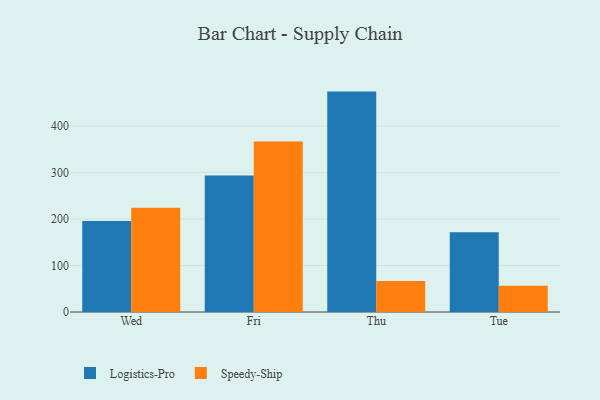
{"axis": {"x": "Day", "y": "Humidity (%)"}, "legend": ["Logistics-Pro", "Speedy-Ship"], "data": [{"x": "Wed", "y": 195.7, "type": "Logistics-Pro"}, {"x": "Wed", "y": 224.3, "type": "Speedy-Ship"}, {"x": "Fri", "y": 293.5, "type": "Logistics-Pro"}, {"x": "Fri", "y": 366.9, "type": "Speedy-Ship"}, {"x": "Thu", "y": 474.1, "type": "Logistics-Pro"}, {"x": "Thu", "y": 66.8, "type": "Speedy-Ship"}, {"x": "Tue", "y": 171.5, "type": "Logistics-Pro"}, {"x": "Tue", "y": 56.7, "type": "Speedy-Ship"}]}